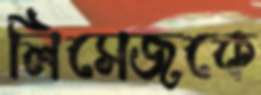
লিসেজকে